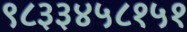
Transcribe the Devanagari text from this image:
९८३३४५८१५१